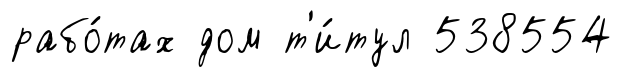
рабо́тах дом т'и́тул 538554